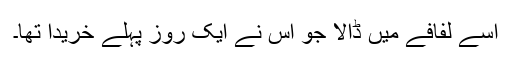
اسے لفافے میں ڈالا جو اس نے ایک روز پہلے خریدا تھا۔